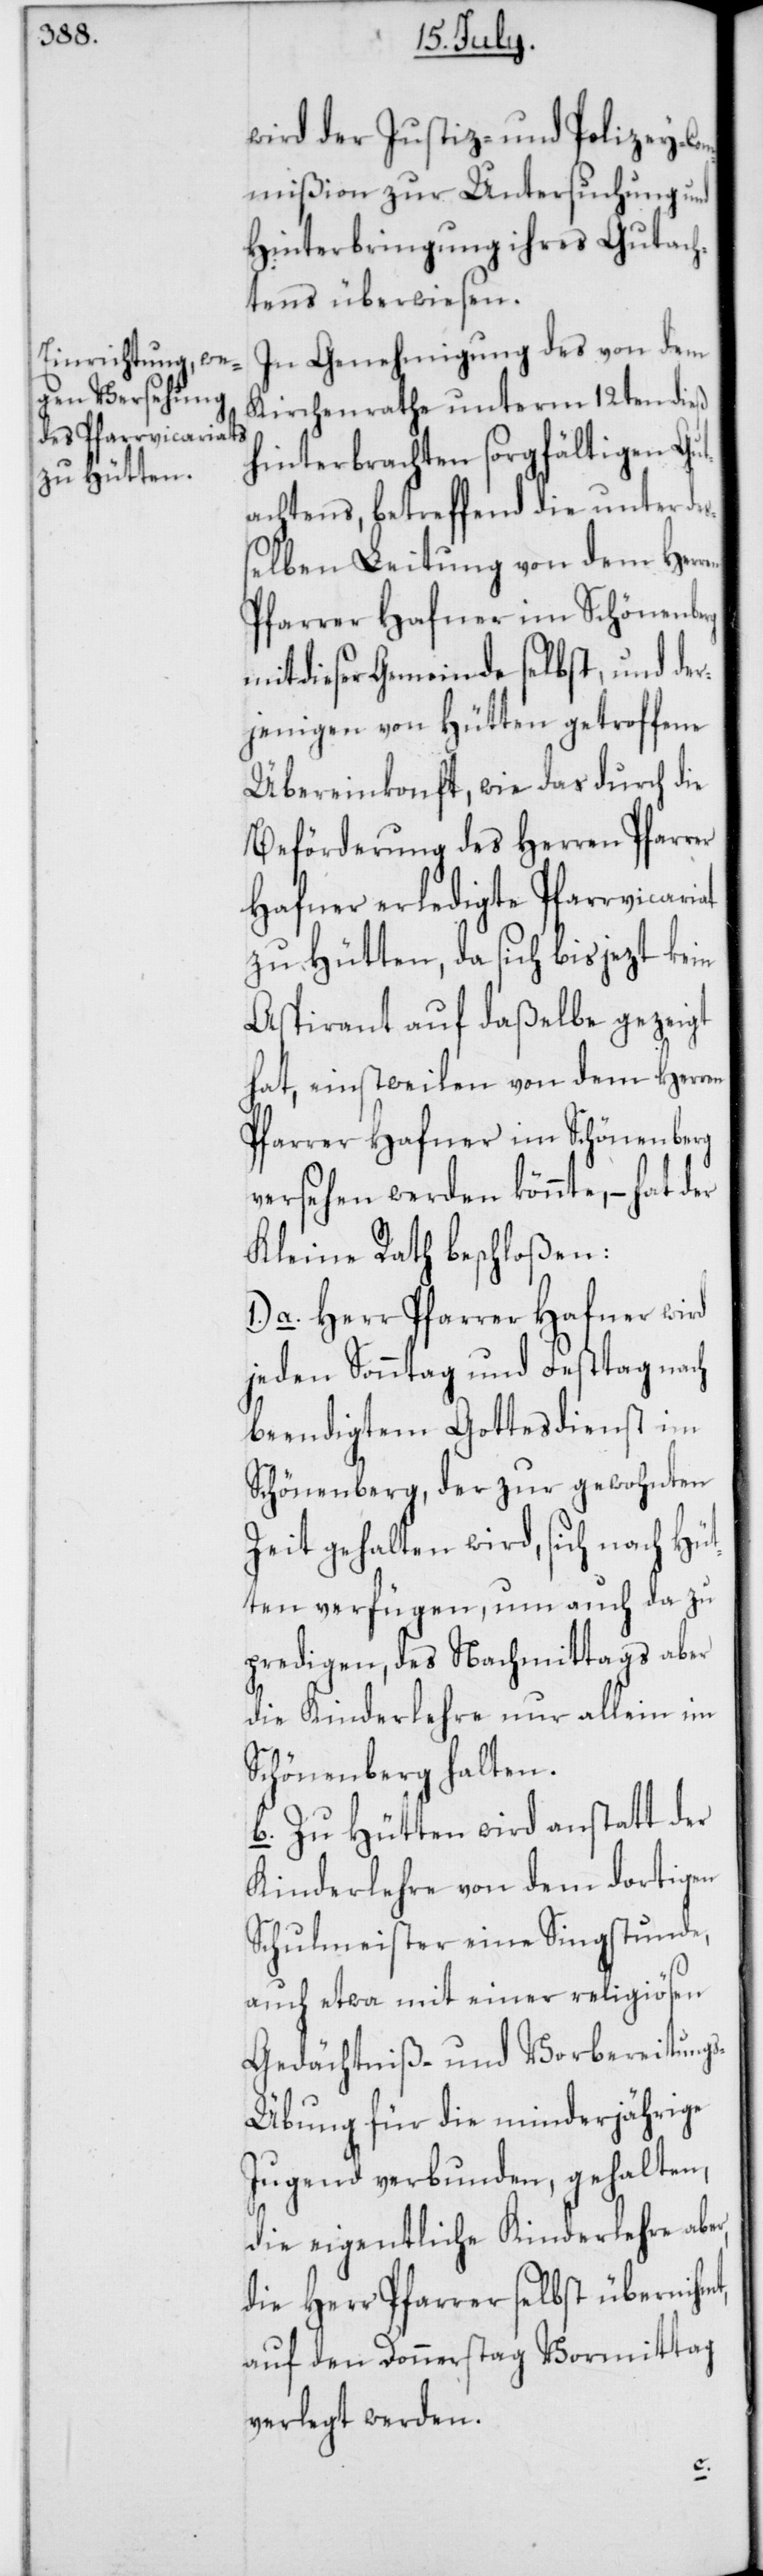
wird der Justiz- und Polizey-Co¬
mmißion zur Untersuchung und
Hinterbringung ihres Gutach¬
tens überwiesen.
In Genehmigung des von dem
Kirchenrathe unterm 12ten dieß
hinterbrachten sorgfältigen Gut¬
achtens, betreffend die unter de¬
ßelben Leitung von dem Herr¬
Pfarrer Hafner im Schönenberg
mit dieser Gemeinde selbst, und der¬
jenigen von Hütten getroffene
Übereinkonft, wie das durch die
Beförderung des Herren Pfarrer
Hafner erledigte Pfarrvicariat
zu Hütten, da sich bis jezt kein
Aspirant auf daßelbe gezeigt
hat, einstweilen von dem Herren
Pfarrer Hafner im Schönenberg
versehen werden könnte, – hat der
Kleine Rath beschloßen:
a. Herr Pfarrer Hafner wird
jeden Sonntag und Festtag nach
beendigtem Gottesdienst im
Schönenberg, der zur gewohnten
Zeit gehalten wird, sich nach Hüt¬
ten verfügen, um auch da zu
predigen, des Nachmittags aber
die Kinderlehre nur allein im
Schönenberg halten.
b. Zu Hütten wird anstatt der
Kinderlehre von dem dortigen
Schulmeister eine Singstunde,
auch etwa mit einer religiösen
Gedächtniß- und Vorbereitung¬
s-Übung für die minderjährige
Jugend verbunden, gehalten,
die eigentliche Kinderlehre abe¬
die Herr Pfarrer selbst übernihmt,
auf den Donnerstag Vormittag
verlegt werden.
r,